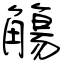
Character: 觴